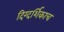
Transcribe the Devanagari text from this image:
दिग्दर्शिकाच